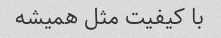
با کیفیت مثل همیشه